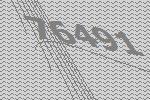
76491